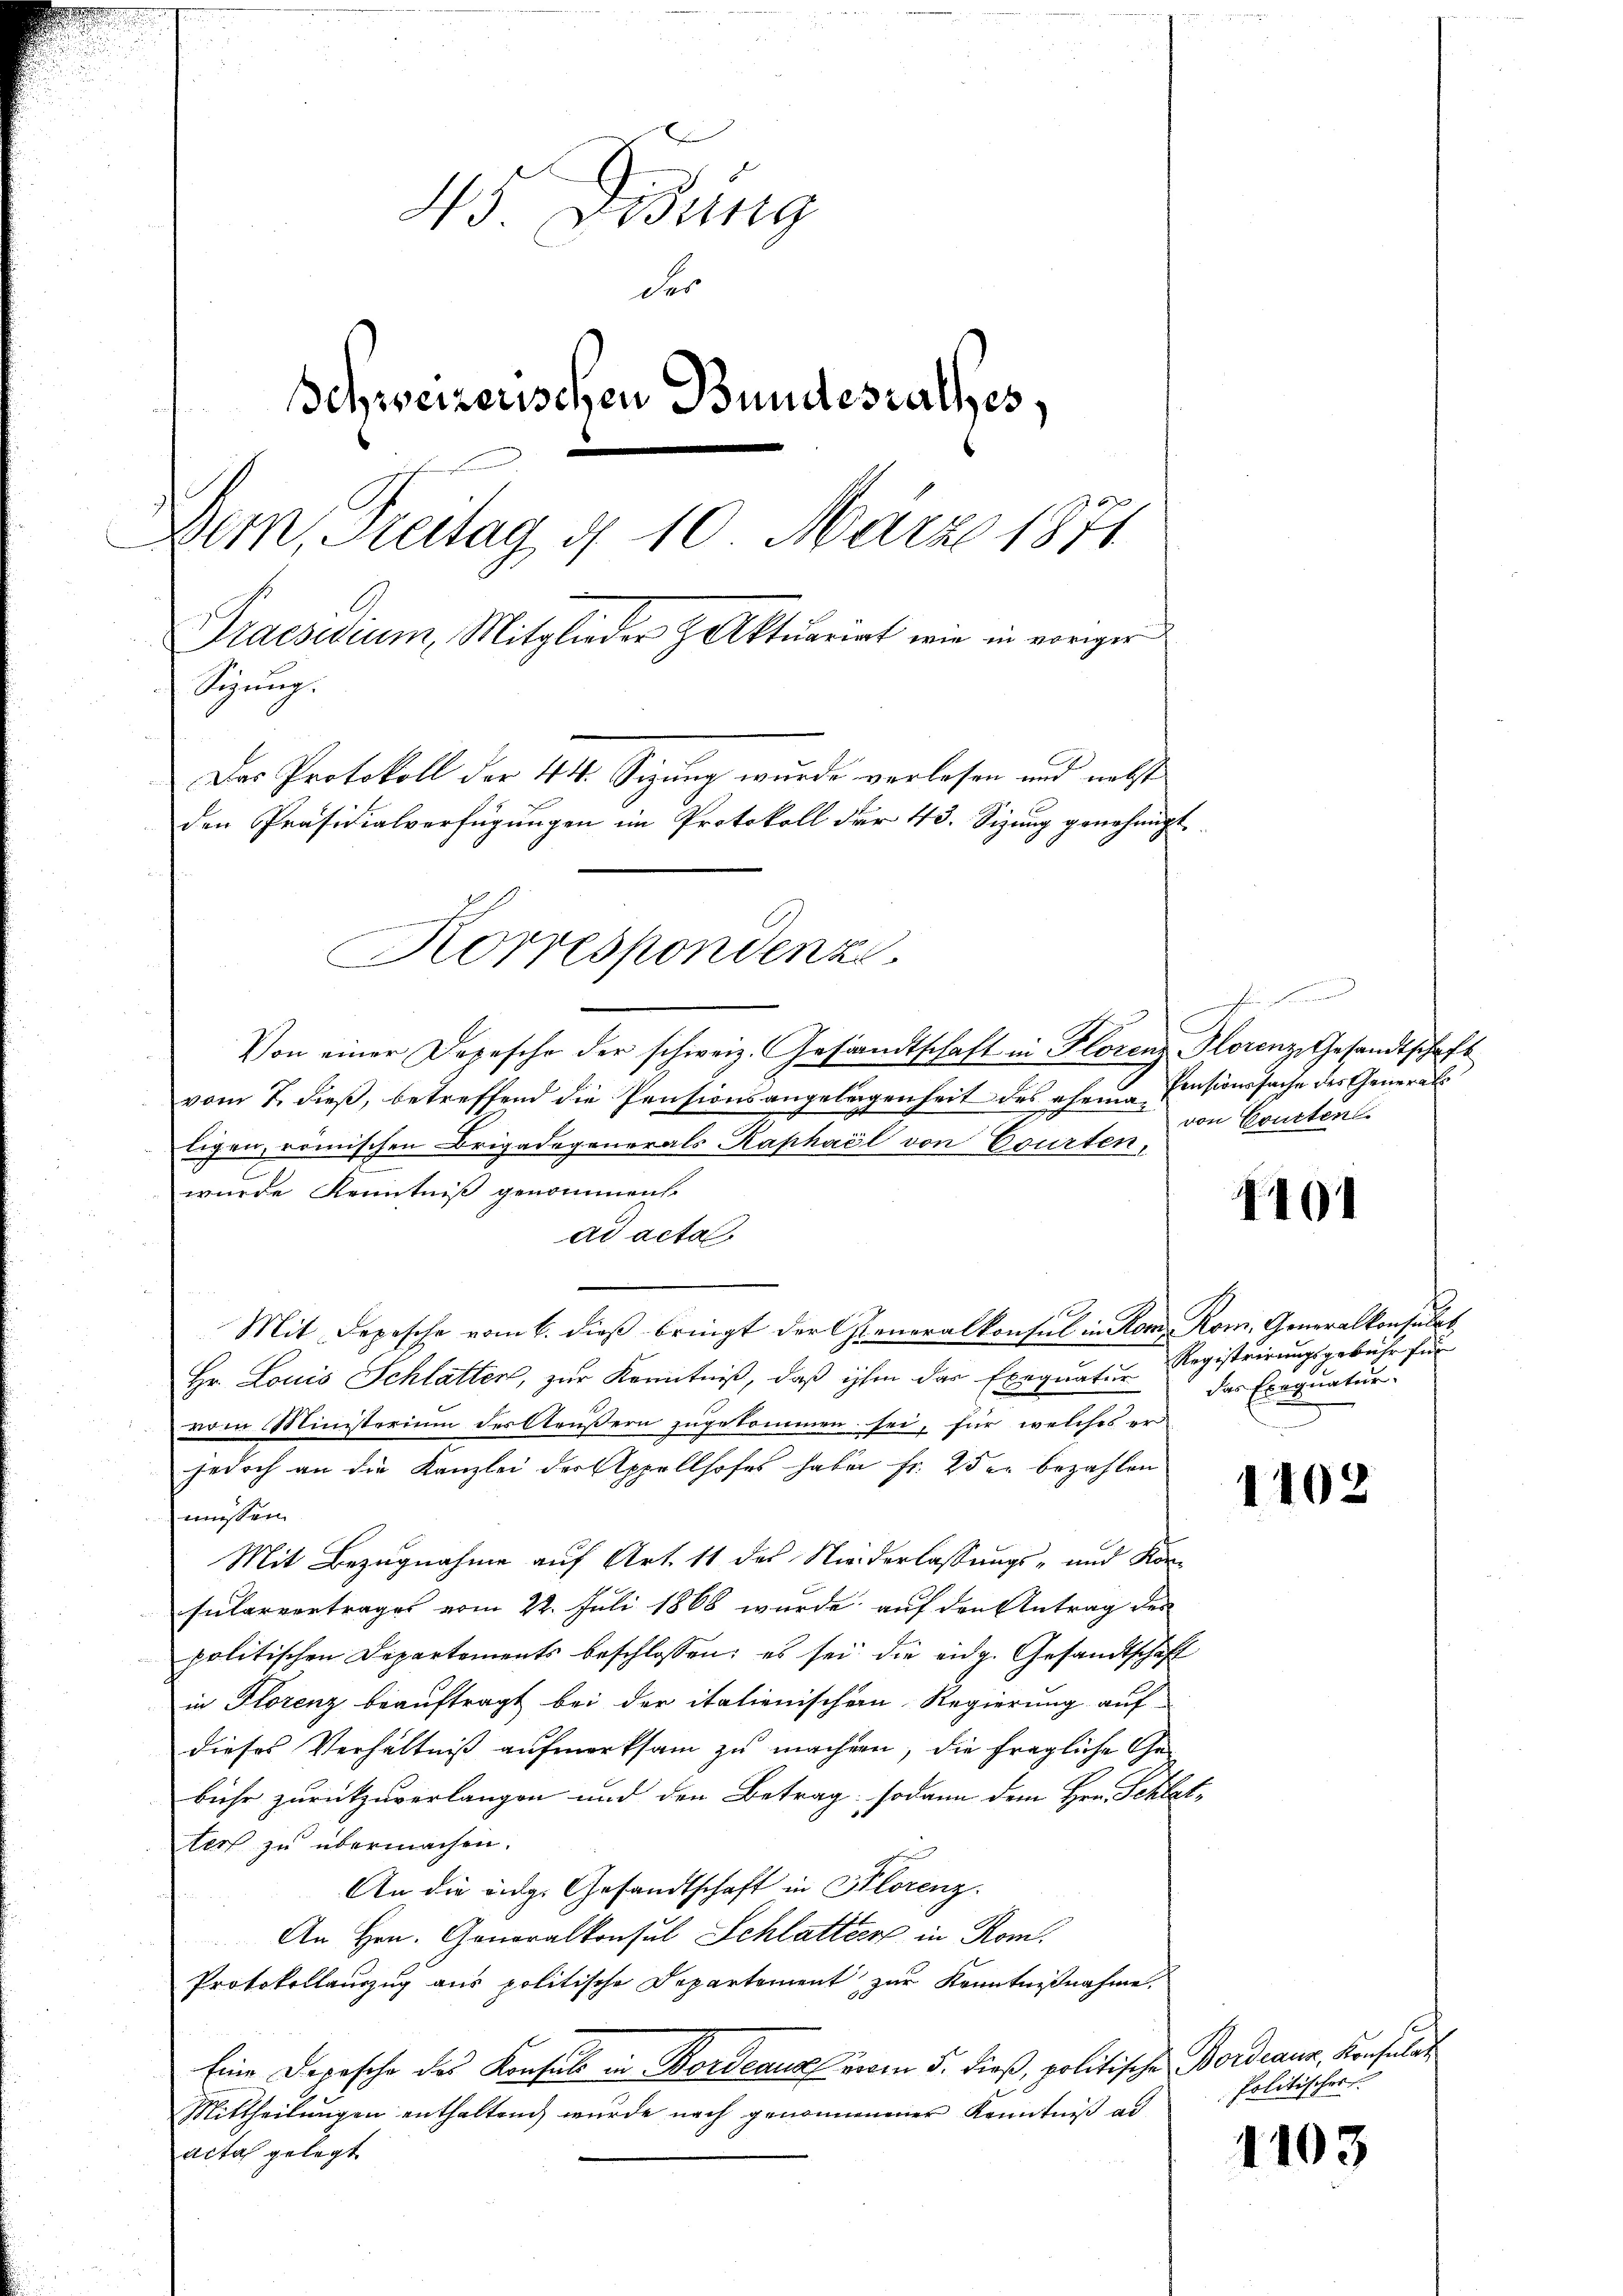
43. Disung
der
Schweizerischen Bundesrathes
Dem Freitag d. 10. März 1871
Praesidium, Mitglieder Aktuariat wie in voriger
Sizung.
Das Protokoll der 44. Sizung wurde verlesen und nebst

den Präsidialverfügungen im Protokoll der 43. Sizung genehmigt.

n die
Korrespondenze.

Von einer Depesche der schweiz. Gesandtschaft in Horenz Florenz, Gesandtschaft
vom 7. dieß, betreffend die Pensionsangelegenheit des eheman
Eigen, römischen Brigadegenerals Kaphael von Courten,
wurde Kenntniß genommen.
ad acta.
Mit Depesche vom 6. dieß bringt der Generalkonsul in Rom. Rom. Generalkonsulat
Hr. Louis Schlatten, zur Kenntniß, daß ihm das Exequatur
drm Ministorium des Aeußern zugekommen sei, für welches er
jedoch an die Kanzlei der Appellhofes haben fr. 2 den bezahlen
müssen.
Mit Bezugnahme auf Art. 11 des Niederlassungs- und Kon¬
Fularvertrages vom 22. Juli 1868 wurde auf den Antrag des
politischen Departements beschlossen; es sei die eidg. Gesandtschaft
in Florenz beauftragt bei der italienischem Regierung auf
dieses Verhältniß aufmerksam zu machen, die fragliche Gebühr zurückzuverlangen und den Betrag, sodann dem Hrn. Schlat-
ter zu übermachen.
An die eidg. Gesandtschaft in Klorenz.
An Hrn. Generalkonsul Schlatter in Rom.
Protokollauszug aus politische Departement zur Kenntnißnahme.
Eine Depesche des Konsuls in Bordeaus vom 5. dieß, politische Bordeaus, Konsulat
Mittheilungen enthaltend wurde nach genommenener Kenntniß ad
acta gelegt

2
Pensionssache des General
von Courten

4191

Registrirungsgebühr für
das Exequatur.

1102

Politischer

1103